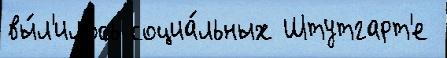
вы́л'илось социа́льных Штутгарт'е